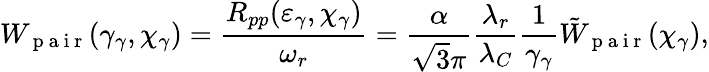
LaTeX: W_{\mathrm{~p~a~i~r~}}(\gamma_{\gamma},\chi_{\gamma})=\frac{R_{pp}(\varepsilon_{\gamma},\chi_{\gamma})}{\omega_{r}}=\frac{\alpha}{\sqrt{3}\pi}\frac{\lambda_{r}}{\lambda_{C}}\frac{1}{\gamma_{\gamma}}\tilde{W}_{\mathrm{~p~a~i~r~}}(\chi_{\gamma}),